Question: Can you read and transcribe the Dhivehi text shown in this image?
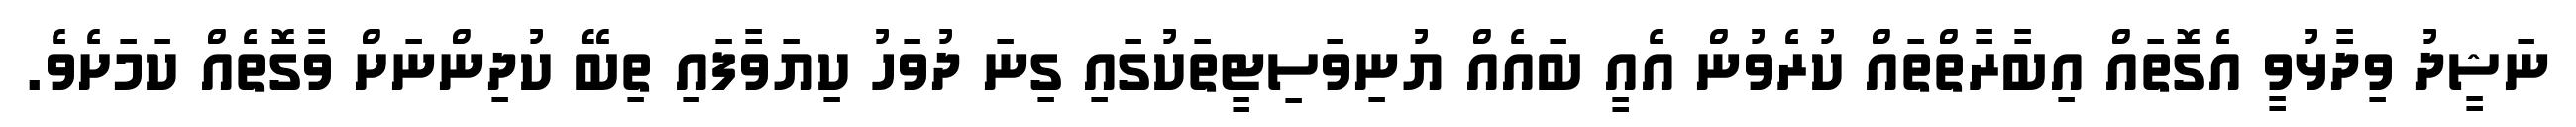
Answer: ނަޝީދު ވިދާޅުވީ އެގޮތައް އިބާރާތްތައް ކުރެވުން އެއީ ބައެއް ޔުނިވަސިޓީތަކުގައި ގިނަ ދުވަހު ކިޔަވާފައި ތިބޭ ކުދިންނަށް ވާގޮތެއް ކަމަށެވެ.